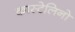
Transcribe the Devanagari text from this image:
कास्टेलिनो